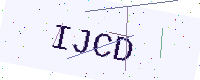
Text: IJCD